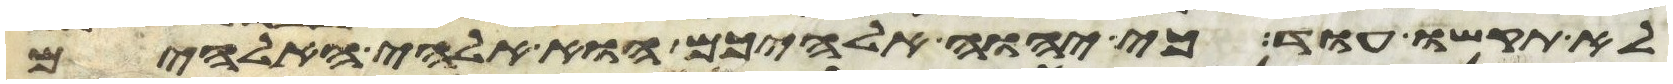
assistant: לא תקשו עוד כי יהוה אלהיכם הוא אלהי האלהים